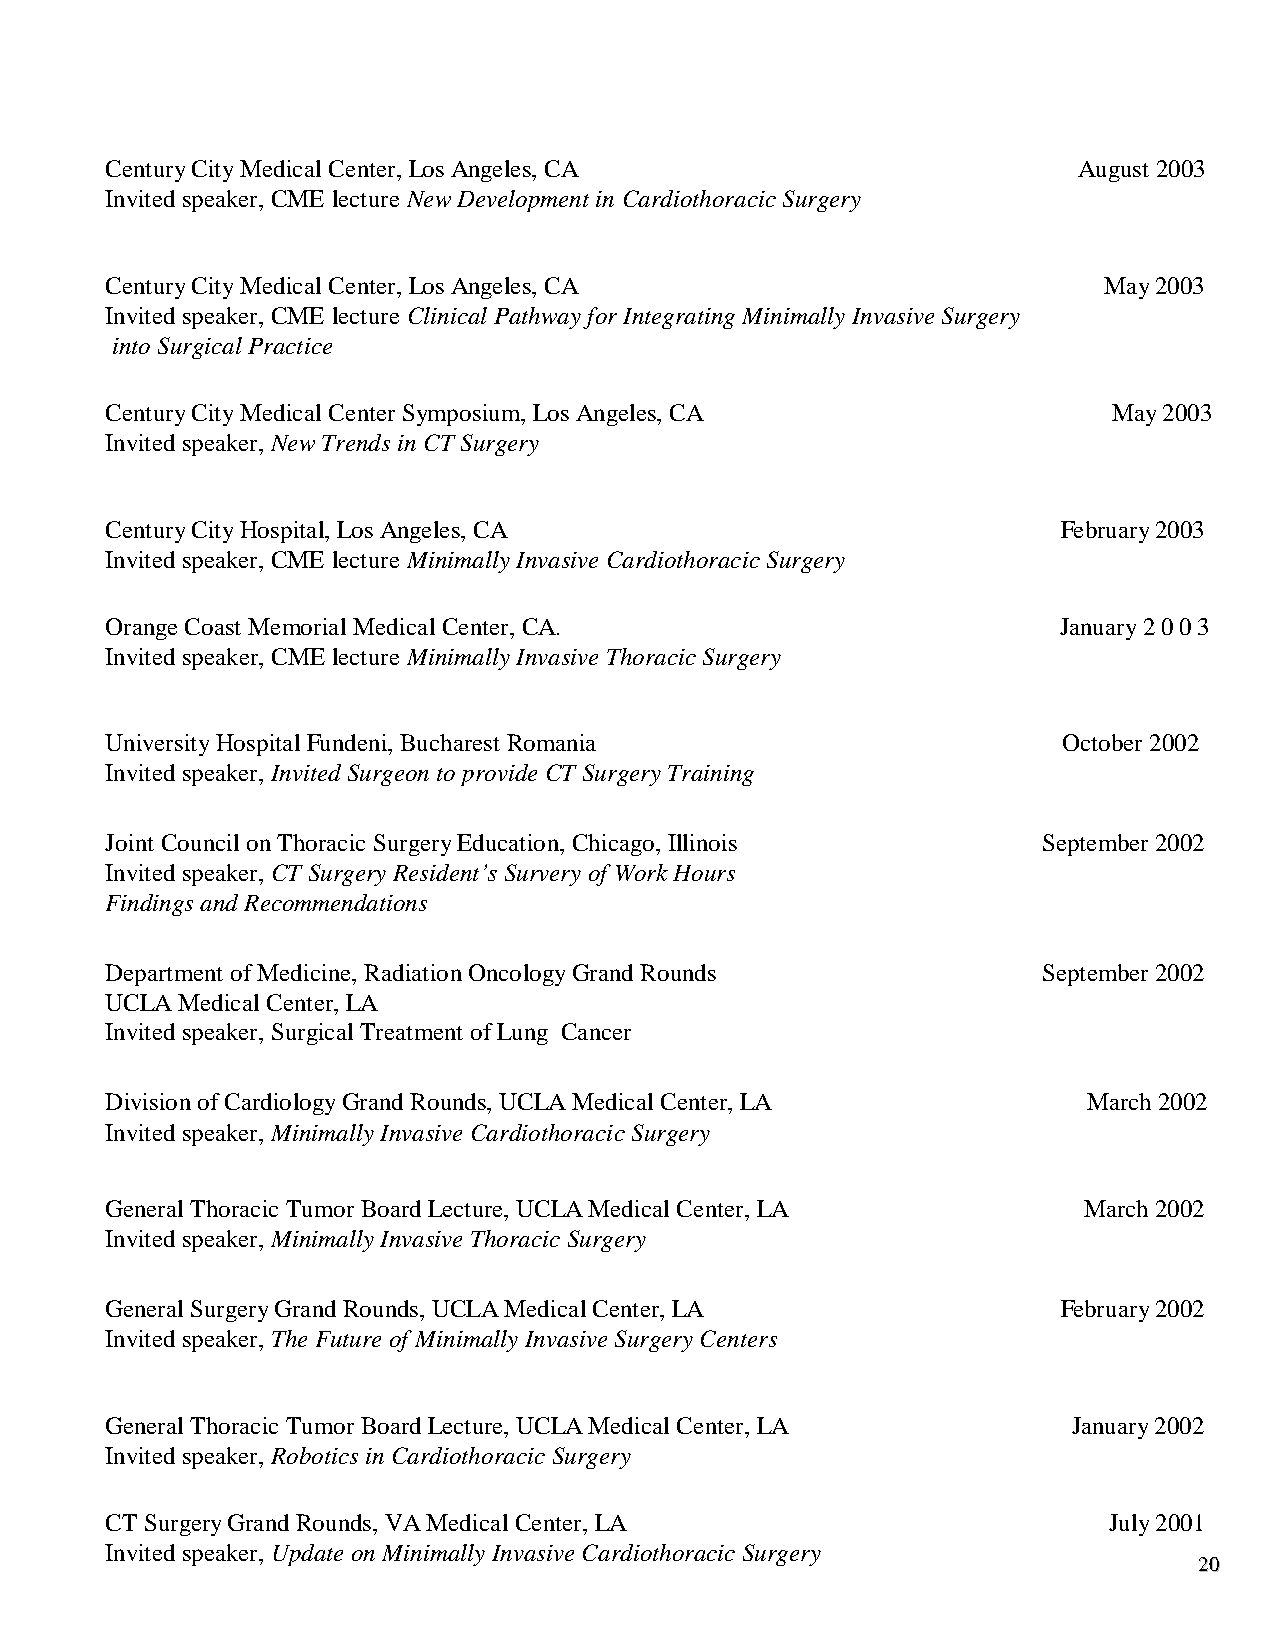
Century City Medical Center, Los Angeles, CA                    August 2003
 Invited speaker, CME lecture New Development in Cardiothoracic Surgery
 Century City Medical Center, Los Angeles, CA                      May 2003
 Invited speaker, CME lecture Clinical Pathway for Integrating Minimally Invasive Surgery
 into Surgical Practice
 Century City Medical Center Symposium, Los Angeles, CA             May 2003
 Invited speaker, New Trends in CT Surgery
 Century City Hospital, Los Angeles, CA                         February 2003
 Invited speaker, CME lecture Minimally Invasive Cardiothoracic Surgery
 Orange Coast Memorial Medical Center, CA.                      January 2003
 Invited speaker, CME lecture Minimally Invasive Thoracic Surgery
 University Hospital Fundeni, Bucharest Romania                 October 2002
 Invited speaker, Invited Surgeon to provide CT Surgery Training
 Joint Council on Thoracic Surgery Education, Chicago, Illinois September 2002
 Invited speaker, CT Surgery Resident’s Survery of Work Hours
 Findings and Recommendations
 Department of Medicine, Radiation Oncology Grand Rounds       September 2002
 UCLA Medical Center, LA
 Invited speaker, Surgical Treatment of Lung Cancer
 Division of Cardiology Grand Rounds, UCLA Medical Center, LA     March 2002
 Invited speaker, Minimally Invasive Cardiothoracic Surgery
 General Thoracic Tumor Board Lecture, UCLA Medical Center, LA    March 2002
 Invited speaker, Minimally Invasive Thoracic Surgery
 General Surgery Grand Rounds, UCLA Medical Center, LA          February 2002
 Invited speaker, The Future of Minimally Invasive Surgery Centers
 General Thoracic Tumor Board Lecture, UCLA Medical Center, LA   January 2002
 Invited speaker, Robotics in Cardiothoracic Surgery
 CT Surgery Grand Rounds, VA Medical Center, LA                    July 2001
 Invited speaker, Update on Minimally Invasive Cardiothoracic Surgery
 2200
 2200